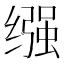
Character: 𫄶